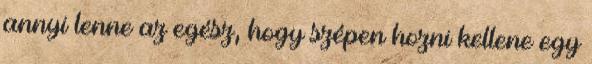
annyi lenne az egész, hogy szépen hozni kellene egy